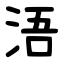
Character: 浯